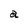
Character: a